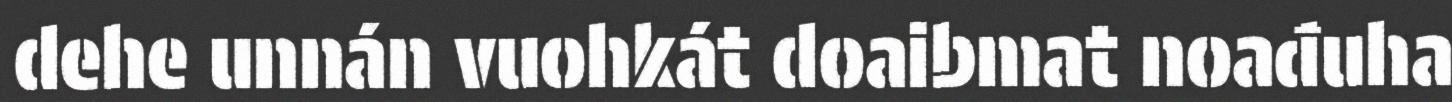
dehe unnán vuohkát doaibmat noađuha